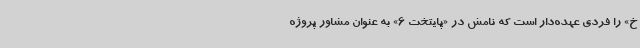
خ» را فردی عهده‌دار است که نامش در «پایتخت 6» به عنوان مشاور پروژه